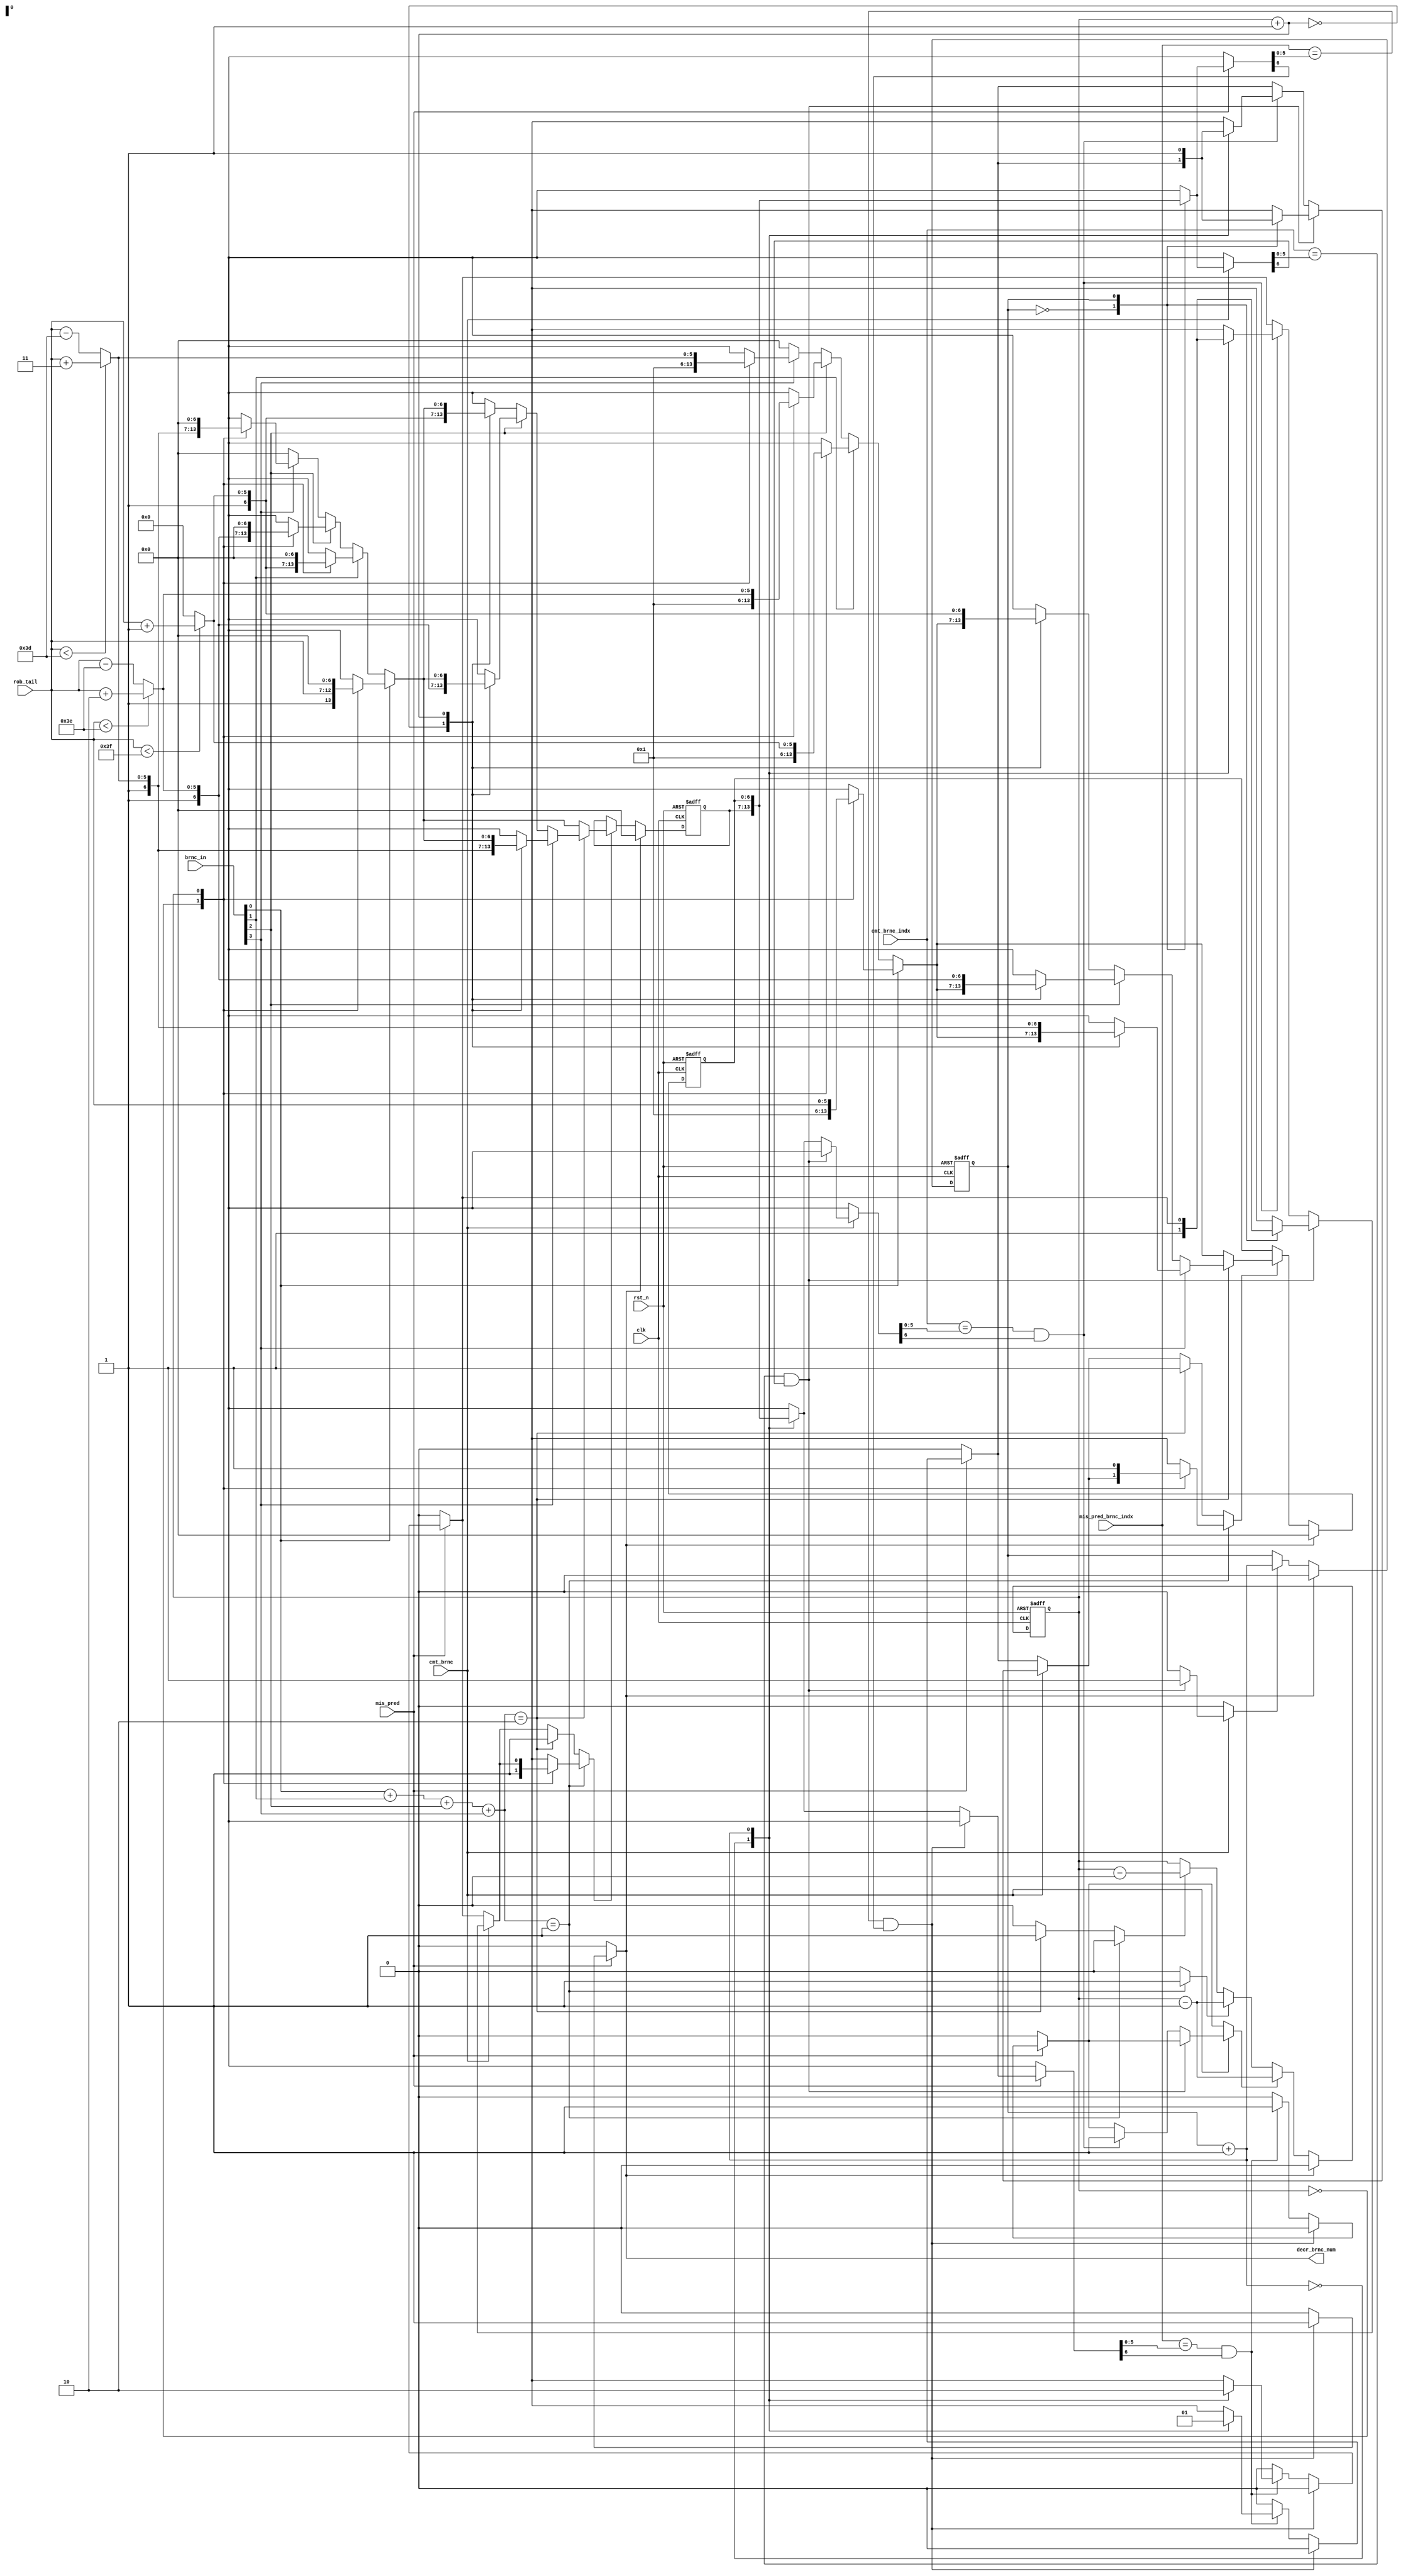
module branch_fifo(/*autoarg*/
   // Outputs
   decr_brnc_num,
   // Inputs
   brnc_in, rob_tail, mis_pred, cmt_brnc, mis_pred_brnc_indx,
   cmt_brnc_indx, clk, rst_n
   );

   input [3:0]brnc_in;

   input [5:0] rob_tail;

   input       mis_pred,cmt_brnc;
   input [5:0] mis_pred_brnc_indx,cmt_brnc_indx;

   input       clk,rst_n;
   
   output      decr_brnc_num;

   reg [6:0]   fifo[0:1];

   reg 	       head,tail;

   reg 	       clear_head,decrement_tail,increment_tail1,increment_tail2,increment_head;

   reg 	       fifo_enable[0:1];
   
   reg 	       decr_brnc_num;
   
   
   wire [1:0]  brnc_count;

   wire [5:0]  indx1,indx2,indx3;
   reg [6:0]  fifo_update_val[0:1];
   
   
   assign indx1 = (rob_tail < 63) ? rob_tail + 6'h1 : 0;
   assign indx2 = (rob_tail < 62) ? rob_tail + 6'h2 : rob_tail - 6'd62;
   assign indx3 = (rob_tail < 61) ? rob_tail + 6'h3 : rob_tail - 6'd61;

   assign brnc_count = brnc_in[0] + brnc_in[1] + brnc_in[2] + brnc_in[3];

   
/* -----\/----- EXCLUDED -----\/-----
   assign fifo_update_val[tail] = brnc_in[0] ? tail : (brnc_in[1] ? indx1: (brnc_in[2] ? indx2:(brnc_in[3] ? indx3 : 6'b0)));

   assign fifo_update_val[tail+1] = (brnc_count == 2'b10) ? (brnc_in[3] ? indx3:(brnc_in[2] ? indx2: indx1)):6'b0;
 -----/\----- EXCLUDED -----/\----- */



   always@(/*autosense*/brnc_count or brnc_in or indx1 or indx2
	   or indx3 or rob_tail or tail)
     begin
	fifo_update_val[0] = 7'b0;
	fifo_update_val[1] = 7'b0;
	if(brnc_in[0])
	  fifo_update_val[tail] = {1'b1,rob_tail};
	else if(brnc_in[1])
	  fifo_update_val[tail] = {1'b1,indx1};
	else if(brnc_in[2])
	  fifo_update_val[tail] = {1'b1,indx2};
	else if(brnc_in[3])
	  fifo_update_val[tail] = {1'b1,indx3};

	if(brnc_count == 2'b10)
	  begin
	     if(brnc_in[3])
	       fifo_update_val[tail + 1'b1] = {1'b1,indx3};
	     else if(brnc_in[2])
	       fifo_update_val[tail + 1'b1] = {1'b1,indx2};
	     else
	       fifo_update_val[tail + 1'b1] = {1'b1,indx1};
	  end
     end // always@ (...
   
   
   
   
   always@(/*autosense*/ fifo[0] or fifo[1] or brnc_count or cmt_brnc
	   or cmt_brnc_indx or head or mis_pred or mis_pred_brnc_indx
	   or tail)
     begin
	clear_head = 1'b0;
	decrement_tail = 1'b0;
	increment_tail1 = 1'b0;
	increment_tail2 = 1'b0;
	increment_head = 1'b0;
	fifo_enable[0] = 1'b0;
	fifo_enable[1] = 1'b0;
	decr_brnc_num = 1'b0;
	
	if(mis_pred)
	  begin
	     if((mis_pred_brnc_indx == fifo[head][5:0]) && fifo[head][6])
	       begin
		  clear_head = 1'b1;
		  decr_brnc_num = 1'b1;
		  
	       end
	     else if((mis_pred_brnc_indx == fifo[head + 1'b1][5:0]) && fifo[head + 1'b1][6])
	       begin
		  decrement_tail = 1'b1;
		  fifo_enable[head + 1'b1] = 1'b1;
	       end
	  end // if (mis_pred)

	if(cmt_brnc)
	  begin
	     if((cmt_brnc_indx == fifo[head][5:0]) && fifo[head][6])
	       begin
		  increment_head = 1'b1;
		  fifo_enable[head] = 1'b1;
	       end
	     else if ((cmt_brnc_indx == fifo[head + 1'b1][5:0]) && fifo[head + 1'b1][6])
	       begin
		  decrement_tail = 1'b1;
		  fifo_enable[head + 1'b1] = 1'b1;
	       end
	     
	  end

	if(brnc_count == 2'b01)
	  begin
	     increment_tail1 = 1'b1;
	     fifo_enable[tail] = 1'b1;
	  end
	
	
	else if(brnc_count == 2'b10)
	  begin
	     increment_tail2 = 1'b1;
	     fifo_enable[0] = 1'b1;
	     fifo_enable[1] = 1'b1;
	  end
	
     end
   
  

   //fifo update
   generate
      genvar i;
      for(i = 0; i < 2; i = i + 1)
	begin : fifo_update_gen
	   always@(posedge clk,negedge rst_n)
	     begin
		if(!rst_n)
		  fifo[i] <= 7'b0;
		else if(clear_head)
		  fifo[i] <= 7'b0;
		else if(fifo_enable[i])
		  fifo[i] <= fifo_update_val[i];
		else
		  fifo[i] <= fifo[i];
	     end
	end // for (i = 0; i < 2; i = i + 1;)
   endgenerate
   

   
   //head reg
   always@(posedge clk,negedge rst_n)
     begin
	if(!rst_n)
	  head <= 1'b0;
	else if(clear_head)
	  head <= 1'b0;
	else if(increment_head)
	  head <= head + 1'b1;
	else
	  head <= head;
     end // always@ (posedge clk,negedge rst_n)

   always@(posedge clk, negedge rst_n)
     begin
	if(!rst_n)
	  tail <= 1'b0;
	else if(clear_head)
	  tail <= 1'b0;
	else if(decrement_tail)
	  tail <= tail - 1'b1;
	else if(increment_tail1)
	  tail <= tail - 1'b1;
	else if(increment_tail2)
	  tail <= tail - 2'b10;
	else
	  tail <= tail;
     end // always@ (posedge clk, negedge rst_n)

endmodule // scratch